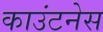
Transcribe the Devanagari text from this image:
काउंटनेस